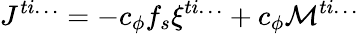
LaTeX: J^{ti\ldots}=-c_{\phi}f_{s}\xi^{ti\ldots}+c_{\phi}{\cal M}^{ti\ldots}